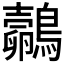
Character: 𪇄